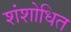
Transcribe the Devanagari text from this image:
शंशोधित